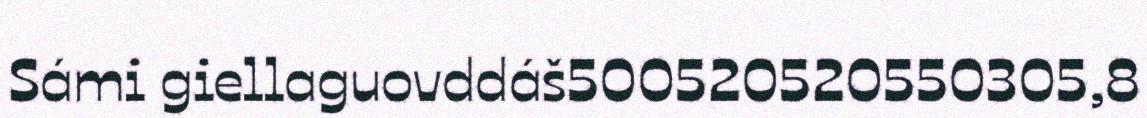
Sámi giellaguovddáš500520520550305,8